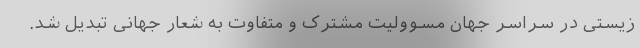
زیستی در سراسر جهان مسوولیت مشترک و متفاوت به شعار جهانی تبدیل شد.